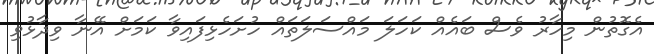
އެގޮތުން މިހާރު ވެސް ބައެއް ކަހަލަ މައްސަލަތައް ހުށަހެޅިފައިވާ ކަމަށް އޭނާ ވިދާޅުވި